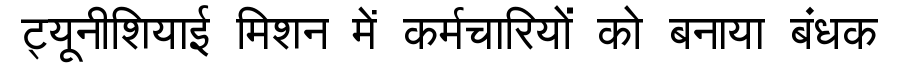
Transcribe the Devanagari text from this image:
ट्यूनीशियाई मिशन में कर्मचारियों को बनाया बंधक